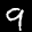
Digit: 9